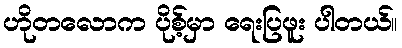
ဟိုတလောက ပိုစ့်မှာ ရေးပြဖူး ပါတယ်။